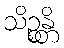
သိဉ္စန္တိ